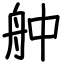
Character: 舯